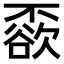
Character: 𠁓